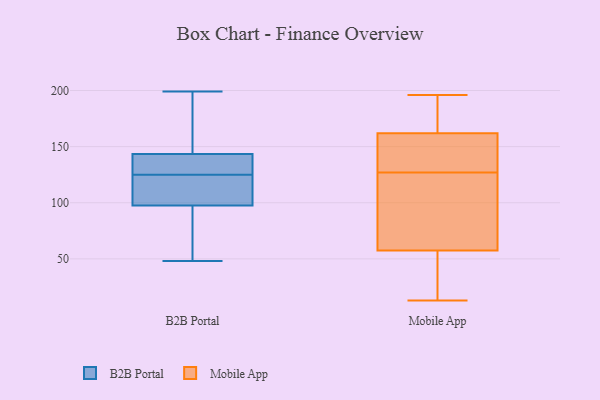
{"axis": {"x": "Net Income (USD K)", "y": "Value"}, "legend": ["B2B Portal", "Mobile App"], "data": [{"x": "", "y": 139, "type": "B2B Portal"}, {"x": "", "y": 48, "type": "B2B Portal"}, {"x": "", "y": 183, "type": "B2B Portal"}, {"x": "", "y": 102, "type": "B2B Portal"}, {"x": "", "y": 199, "type": "B2B Portal"}, {"x": "", "y": 148, "type": "B2B Portal"}, {"x": "", "y": 84, "type": "B2B Portal"}, {"x": "", "y": 142, "type": "B2B Portal"}, {"x": "", "y": 125, "type": "B2B Portal"}, {"x": "", "y": 132, "type": "B2B Portal"}, {"x": "", "y": 114, "type": "B2B Portal"}, {"x": "", "y": 64, "type": "B2B Portal"}, {"x": "", "y": 102, "type": "B2B Portal"}, {"x": "", "y": 93, "type": "Mobile App"}, {"x": "", "y": 118, "type": "Mobile App"}, {"x": "", "y": 71, "type": "Mobile App"}, {"x": "", "y": 37, "type": "Mobile App"}, {"x": "", "y": 13, "type": "Mobile App"}, {"x": "", "y": 44, "type": "Mobile App"}, {"x": "", "y": 196, "type": "Mobile App"}, {"x": "", "y": 165, "type": "Mobile App"}, {"x": "", "y": 34, "type": "Mobile App"}, {"x": "", "y": 76, "type": "Mobile App"}, {"x": "", "y": 144, "type": "Mobile App"}, {"x": "", "y": 169, "type": "Mobile App"}, {"x": "", "y": 143, "type": "Mobile App"}, {"x": "", "y": 136, "type": "Mobile App"}, {"x": "", "y": 172, "type": "Mobile App"}, {"x": "", "y": 159, "type": "Mobile App"}]}